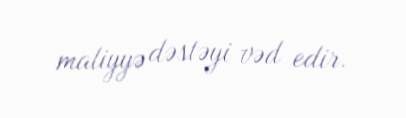
maliyyə dəstəyi vəd edir.